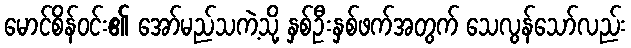
မောင်စိန်ဝင်း၏ အော်မည်သကဲ့သို့ နှစ်ဦးနှစ်ဖက်အတွက် သေလွန်သော်လည်း